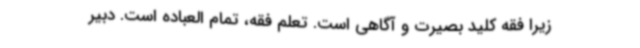
زیرا فقه کلید بصیرت و آگاهی است. تعلم فقه، تمام العباده است. دبیر